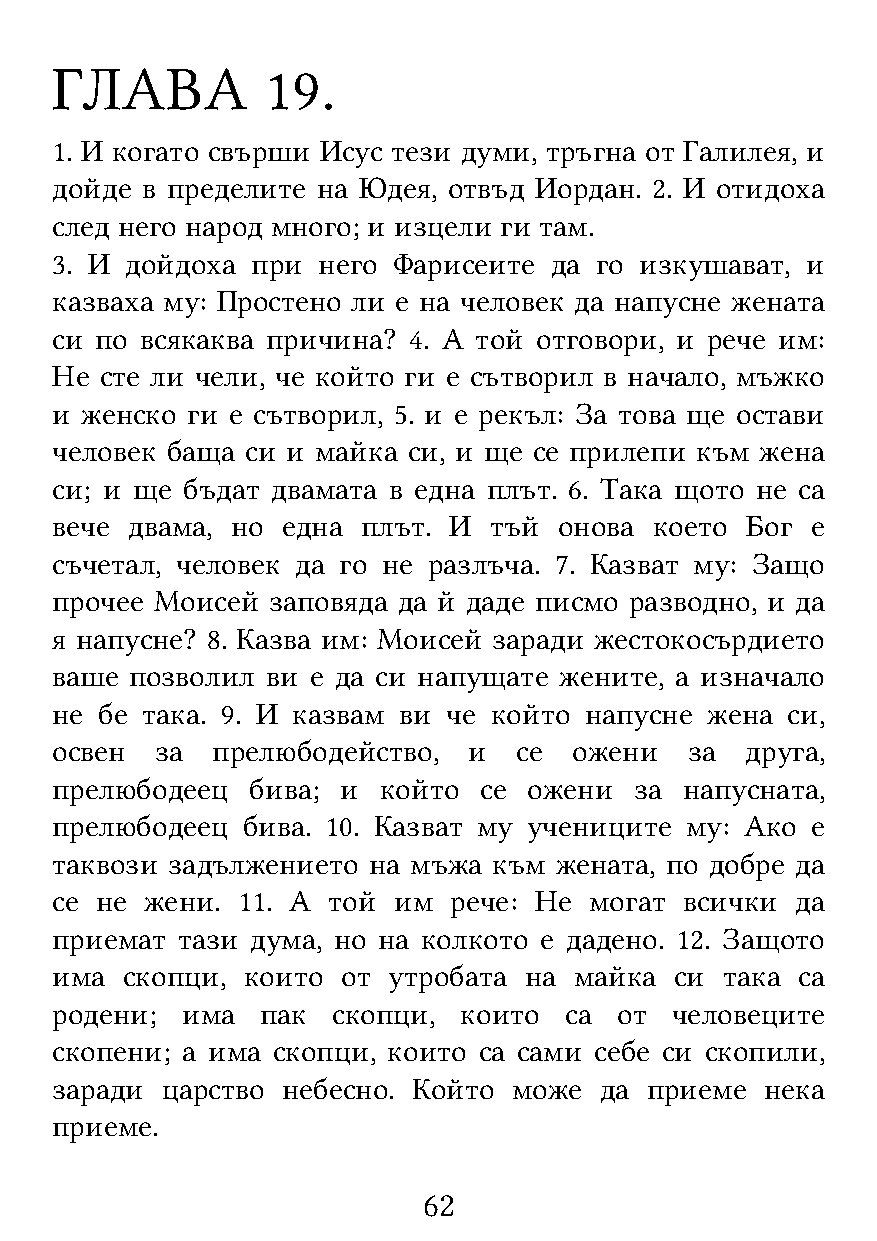
ГЛАВА          19.
 1. И когато свърши Исус тези думи, тръгна от Галилея, и
 дойде в пределите на Юдея, отвъд Иордан. 2. И отидоха
 след него народ много; и изцели ги там.
 3. И дойдоха  при него Фарисеите да го изкушават, и
 казваха му: Простено ли е на человек да напусне жената
 си по всякаква причина? 4. А той отговори, и рече им:
 Не  сте ли чели, че който ги е сътворил в начало, мъжко
 и женско ги е сътворил, 5. и е рекъл: За това ще остави
 человек баща си и майка си, и ще се прилепи към жена
 си; и ще бъдат двамата в една плът. 6. Така щото не са
 вече двама, но  една плът. И тъй  онова което Бог  е
 съчетал, человек да го не разлъча. 7. Казват му: Защо
 прочее Моисей  заповяда да й даде писмо разводно, и да
 я напусне? 8. Казва им: Моисей заради жестокосърдието
 ваше  позволил ви е да си напущате жените, а изначало
 не бе така. 9. И казвам ви че който напусне жена си,
 освен  за  прелюбодейство,  и  се  ожени   за друга,
 прелюбодеец   бива; и който  се ожени  за напусната,
 прелюбодеец  бива. 10. Казват му учениците му: Ако е
 таквози задължението на мъжа  към жената, по добре да
 се не  жени. 11. А той им  рече: Не могат всички  да
 приемат  тази дума, но на колкото е дадено. 12. Защото
 има  скопци, които  от утробата на майка  си така са
 родени;  има  пак  скопци, които  са  от человеците
 скопени; а има скопци, които са сами себе си скопили,
 заради  царство небесно. Който може  да приеме  нека
 приеме.
 62